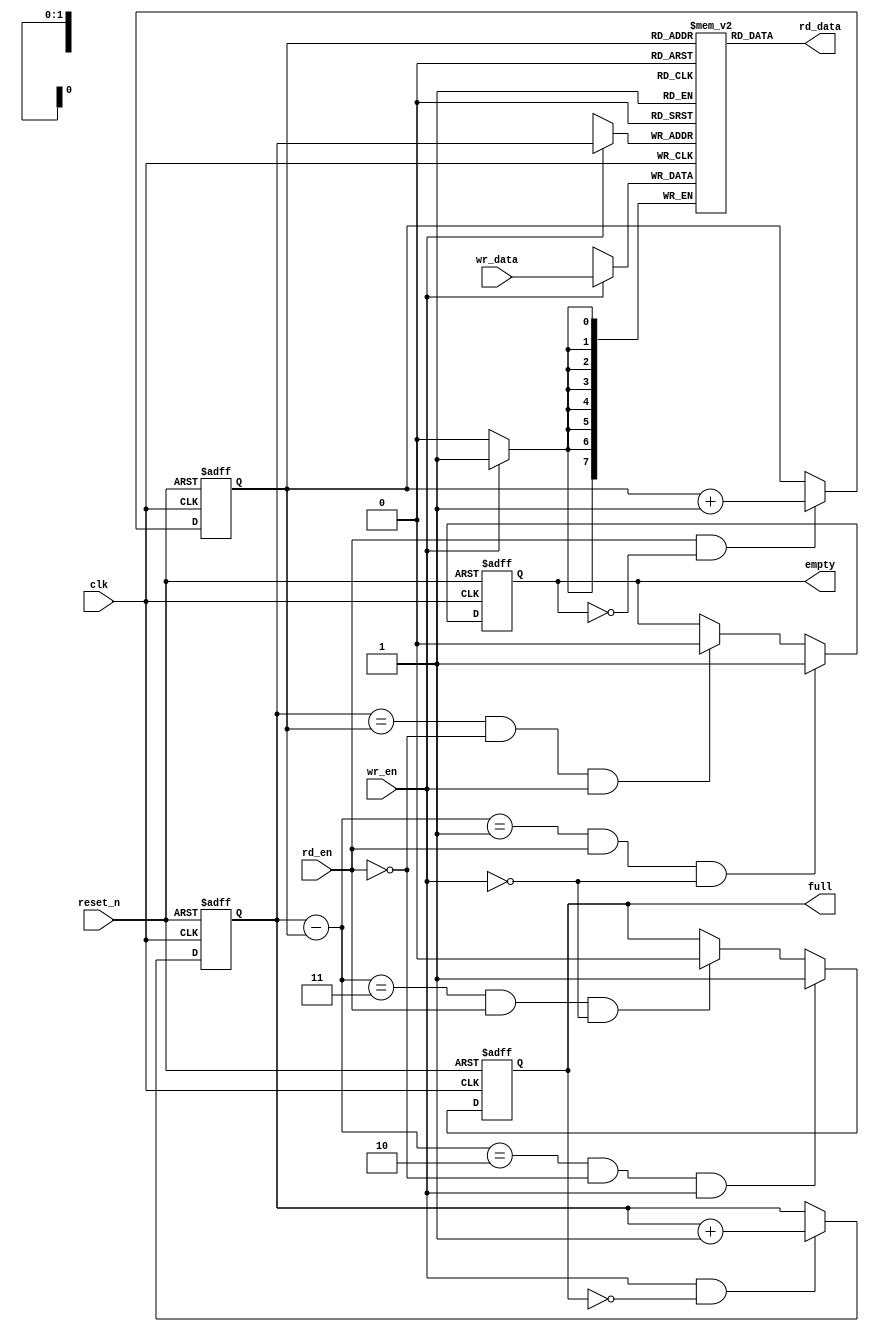
module sync_fifo (clk,
	          reset_n,
		  wr_en,
		  wr_data,
		  full,
		  empty,
		  rd_en,
		  rd_data);

   parameter W = 8;
   parameter D = 4;

   parameter AW = (D == 4)   ? 2 :
		  (D == 8)   ? 3 :
		  (D == 16)  ? 4 :
		  (D == 32)  ? 5 :
		  (D == 64)  ? 6 :
		  (D == 128) ? 7 :
		  (D == 256) ? 8 : 0;
   
   output [W-1 : 0]  rd_data;
   input [W-1 : 0]   wr_data;
   input 	     clk, reset_n, wr_en, rd_en;
   output 	     full, empty;

   // synopsys translate_off

   initial begin
    ASSERT_FIFO_DEPTH: assert ( AW !== 'd0 ) else $error("ERROR!!! Fifo depth not in range 2 to 256");
   end

   // synopsys translate_on


   reg [W-1 : 0]    mem[D-1 : 0];
   reg [AW-1 : 0]   rd_ptr, wr_ptr;
   reg	 	    full, empty;

   wire [W-1 : 0]   rd_data;
   
   always @ (posedge clk or negedge reset_n) 
      if (reset_n == 1'b0) begin
         wr_ptr <= {AW{1'b0}} ;
      end
      else begin
         if (wr_en & !full) begin
            wr_ptr <= wr_ptr + 1'b1 ;
         end
      end

   always @ (posedge clk or negedge reset_n) 
      if (reset_n == 1'b0) begin
         rd_ptr <= {AW{1'b0}} ;
      end
      else begin
         if (rd_en & !empty) begin
            rd_ptr <= rd_ptr + 1'b1 ;
         end
      end


   always @ (posedge clk or negedge reset_n) 
      if (reset_n == 1'b0) begin
         empty <= 1'b1 ;
      end
      else begin
         empty <= (((wr_ptr - rd_ptr) == {{(AW-1){1'b0}}, 1'b1}) & rd_en & ~wr_en) ? 1'b1 : 
                   ((wr_ptr == rd_ptr) & ~rd_en & wr_en) ? 1'b0 : empty ;
      end

   always @ (posedge clk or negedge reset_n) 
      if (reset_n == 1'b0) begin
         full <= 1'b0 ;
      end
      else begin
         full <= (((wr_ptr - rd_ptr) == {{(AW-1){1'b1}}, 1'b0}) & ~rd_en & wr_en) ? 1'b1 : 
                 (((wr_ptr - rd_ptr) == {AW{1'b1}}) & rd_en & ~wr_en) ? 1'b0 : full ;
      end

   always @ (posedge clk) 
      if (wr_en)
	 mem[wr_ptr] <= wr_data;

assign  rd_data = mem[rd_ptr];


// synopsys translate_off

ASSERT_SYNC_FIFO_OVERFLOW: assert property( @(posedge clk)
    wr_en===1'b1 |-> full===1'd0
) else $error("sync fifo: overflow!");

ASSERT_SYNC_FIFO_UNDERFLOW: assert property( @(posedge clk)
    rd_en===1'd1 |-> empty===1'd0
) else $error("sync fifo: underflow!");

// synopsys translate_on
//---------------------------------------

endmodule